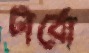
টার্বো